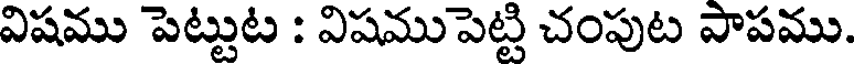
విషము పెట్టుట : విషముపెట్టి చంపుట పాపము.